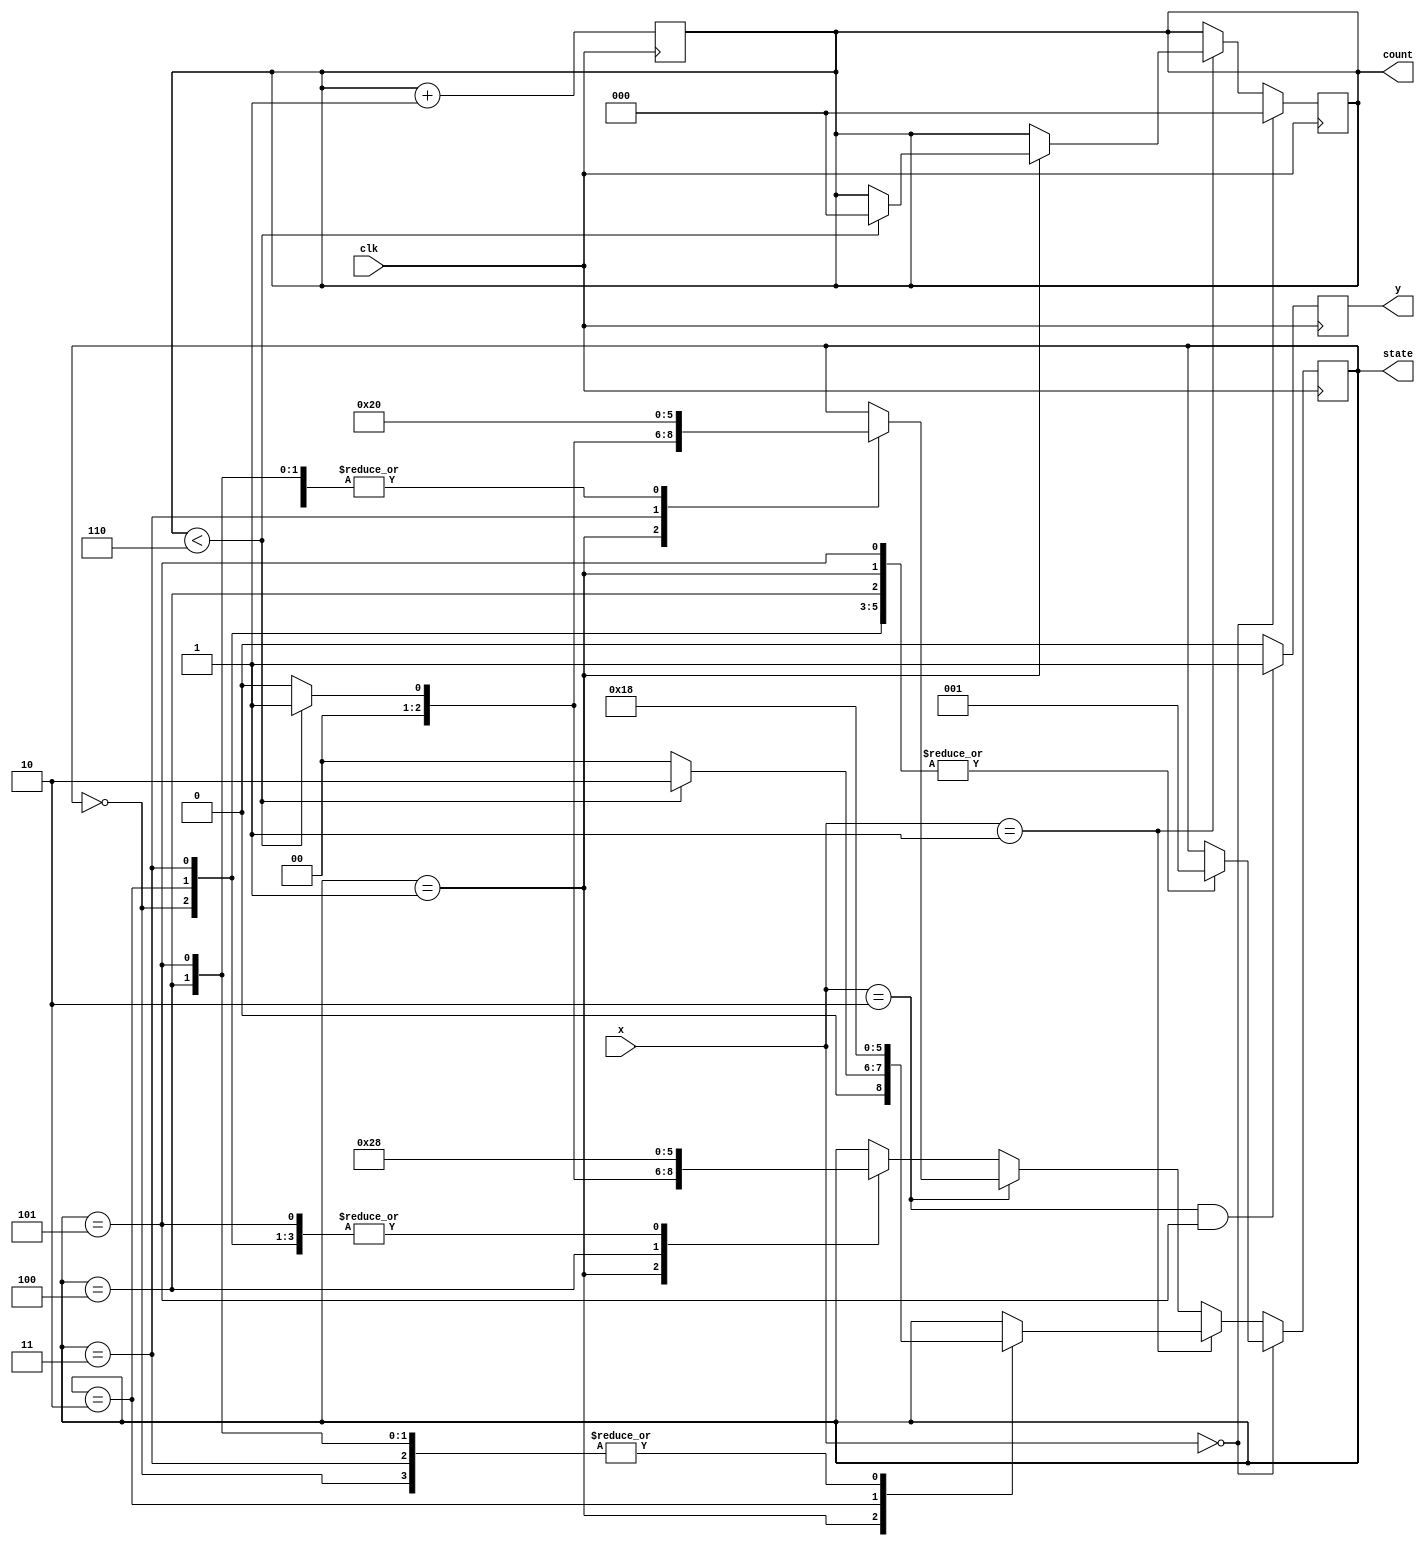
module dna_spaced(y,state,x,clk,count);

input clk;
input [1:0] x;
output reg y;

output reg[2:0] state =3'b000;

output reg [2:0] count=3'b000;

parameter NULL=3'b000, S1=3'b001, S2=3'b010 , S3=3'b011, S4=3'b100, S5=3'b101;

parameter A=2'b00, T=2'b01, C=2'b10, G=2'b11;

always @ (posedge clk)
begin 
if (x == A)
      begin
            count <=3'b000;
            case (state)
            NULL:  state <= S1;
              S1:  state <= S1;
              S2:  state <= S1;
              S3:  state <= S1;
              S4:  state <= S1;
              S5:  state <= S1;                            
            endcase
      end
else if (x == T)
            case (state)
            NULL:  state <= NULL;
              S1:  if (count<6) 
                   begin
                   state <= S2;
                   count <= 0;
                   end
                   else
                   state <= NULL;
              S2:  state <= S3;
              S3:  state <= NULL;
              S4:  state <= NULL;
              S5:  state <= NULL;
             endcase
else if (x == C)
            case (state)
            NULL:  state <= NULL;
              S1:  if (count<6) 
                 state <= S1;
                 else
                 state <= NULL;
              S2:  state <= NULL;
              S3:  state <= S4;
              S4:  state <= NULL;
              S5:  state <= NULL;
            endcase
else
            case (state)
            NULL:  state <= NULL;
              S1:  if (count<6) 
                   state <= S1;
                   else
                   state <= NULL;
              S2:  state <= NULL;
              S3:  state <= NULL;
              S4:  state <= S5;
              S5:  state <= NULL;
            endcase
if ((x == C) && (state == S5)) y <= 1;
else y <= 0;
end        

//counter
always @ (posedge clk)
begin 
count <= count + 1'b1;
end


endmodule